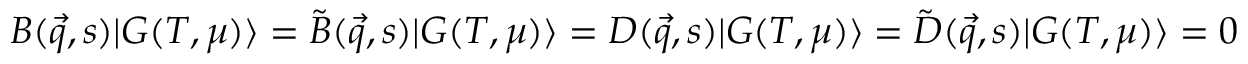
B ( \vec { q } , s ) | { \cal G } ( T , \mu ) \rangle = \tilde { B } ( \vec { q } , s ) | { \cal G } ( T , \mu ) \rangle = D ( \vec { q } , s ) | { \cal G } ( T , \mu ) \rangle = \tilde { D } ( \vec { q } , s ) | { \cal G } ( T , \mu ) \rangle = 0